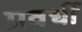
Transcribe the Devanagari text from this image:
प्रवर्धी